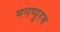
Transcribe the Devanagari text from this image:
मनप्पुरम